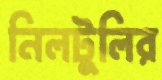
নিলটুলির